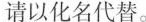
请以化名代替。